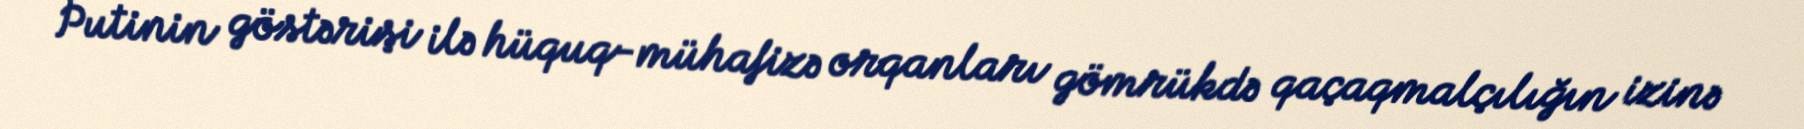
Putinin göstərişi ilə hüquq-mühafizə orqanları gömrükdə qaçaqmalçılığın izinə